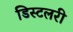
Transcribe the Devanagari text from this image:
डिस्टलरी